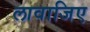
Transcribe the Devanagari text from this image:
लावाजिए